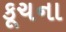
કૂચના